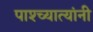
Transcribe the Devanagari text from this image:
पाश्च्यात्यांनी